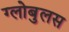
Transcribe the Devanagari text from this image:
ग्लोबुलस